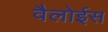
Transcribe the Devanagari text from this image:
वैलोईस